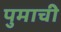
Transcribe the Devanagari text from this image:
पुमाची